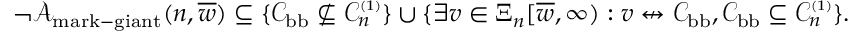
\begin{array} { r } { \neg { \mathcal A } _ { \mathrm { m a r k - g i a n t } } ( n , \overline { { w } } ) \subseteq \{ { \mathcal C } _ { \mathrm { b b } } \nsubseteq { \mathcal C } _ { n } ^ { \scriptscriptstyle ( 1 ) } \} \cup \{ \exists v \in \Xi _ { n } [ \overline { { w } } , \infty ) : v \not \leftrightarrow { \mathcal C } _ { \mathrm { b b } } , { \mathcal C } _ { \mathrm { b b } } \subseteq { \mathcal C } _ { n } ^ { \scriptscriptstyle ( 1 ) } \} . } \end{array}